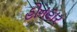
હોનહાર